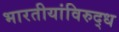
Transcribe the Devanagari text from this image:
भारतीयांविरुद्ध